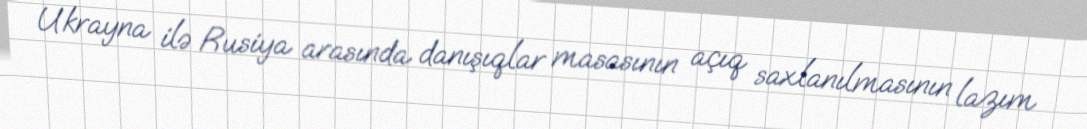
Ukrayna ilə Rusiya arasında danışıqlar masasının açıq saxlanılmasının lazım